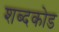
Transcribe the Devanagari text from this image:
शब्दकोड